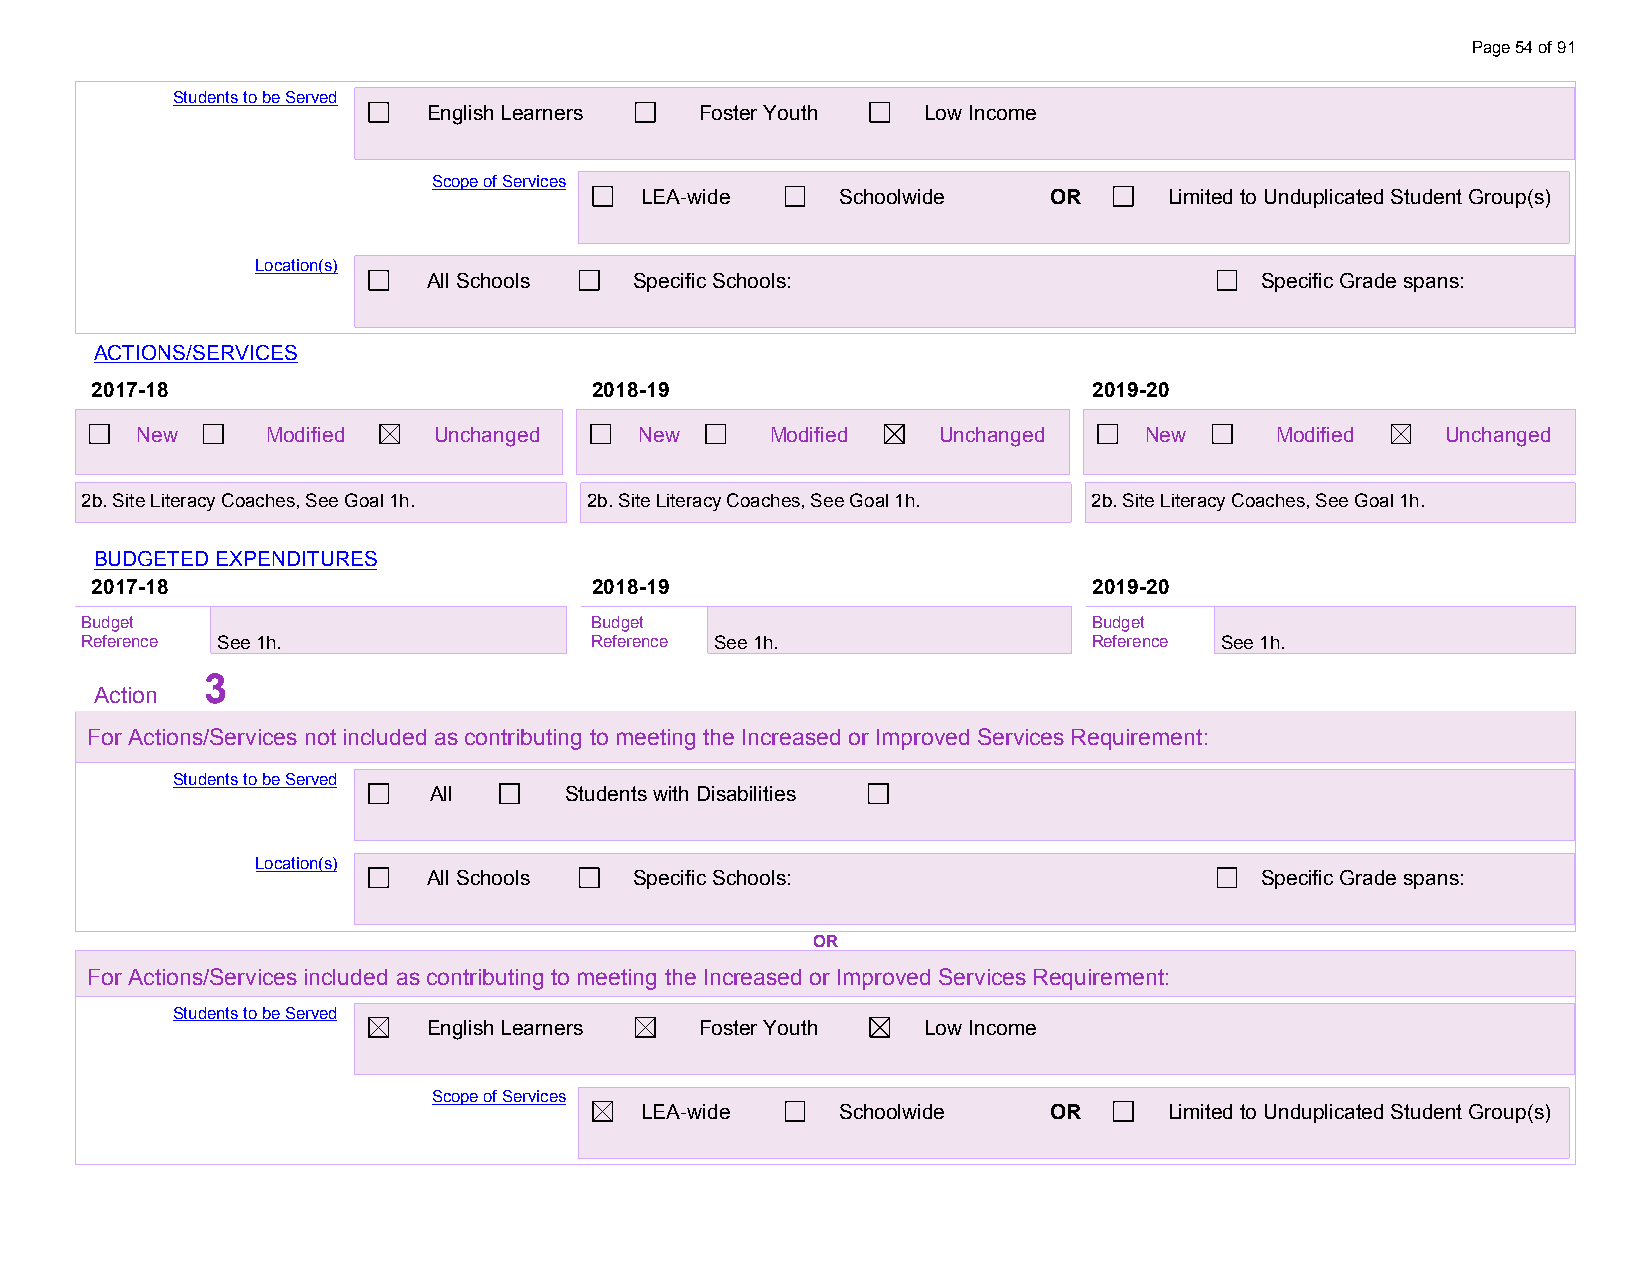
Page 54 of 91
 Students to be Served
 English Learners  Foster Youth   Low Income
 Scope of Services
 LEA-wide      Schoolwide   OR      Limited to Unduplicated Student Group(s)
 Location(s)
 All Schools   Specific Schools:                        Specific Grade spans:
 ACTIONS/SERVICES
 2017-18                          2018-19                          2019-20
 New      Modified   Unchanged    New      Modified   Unchanged     New     Modified    Unchanged
 2b. Site Literacy Coaches, See Goal 1h. 2b. Site Literacy Coaches, See Goal 1h. 2b. Site Literacy Coaches, See Goal 1h.
 BUDGETED EXPENDITURES
 2017-18                          2018-19                          2019-20
 Budget                            Budget                           Budget
 Reference See 1h.                 Reference See 1h.                Reference See 1h.
 3
 Action
 For Actions/Services not included as contributing to meeting the Increased or Improved Services Requirement:
 Students to be Served
 All      Students with Disabilities
 Location(s)
 All Schools   Specific Schools:                        Specific Grade spans:
 OR
 For Actions/Services included as contributing to meeting the Increased or Improved Services Requirement:
 Students to be Served
 English Learners  Foster Youth   Low Income
 Scope of Services
 LEA-wide      Schoolwide   OR      Limited to Unduplicated Student Group(s)